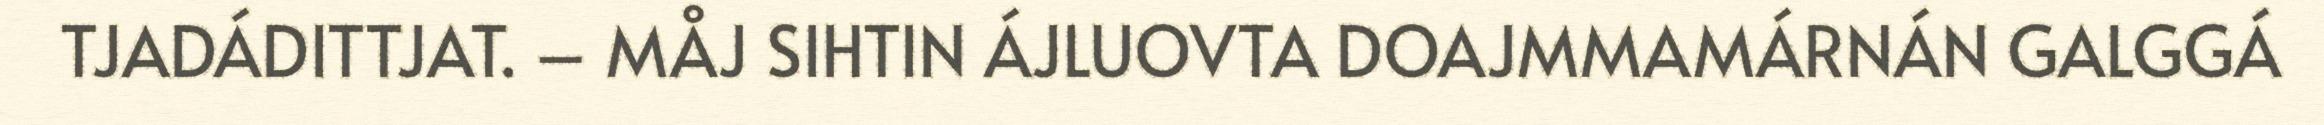
TJADÁDITTJAT. – MÅJ SIHTIN ÁJLUOVTA DOAJMMAMÁRNÁN GALGGÁ